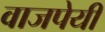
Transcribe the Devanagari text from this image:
वाजपेयीं